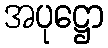
အပုဋ္ဌော